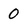
Character: 0